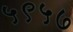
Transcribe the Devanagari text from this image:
५९५७